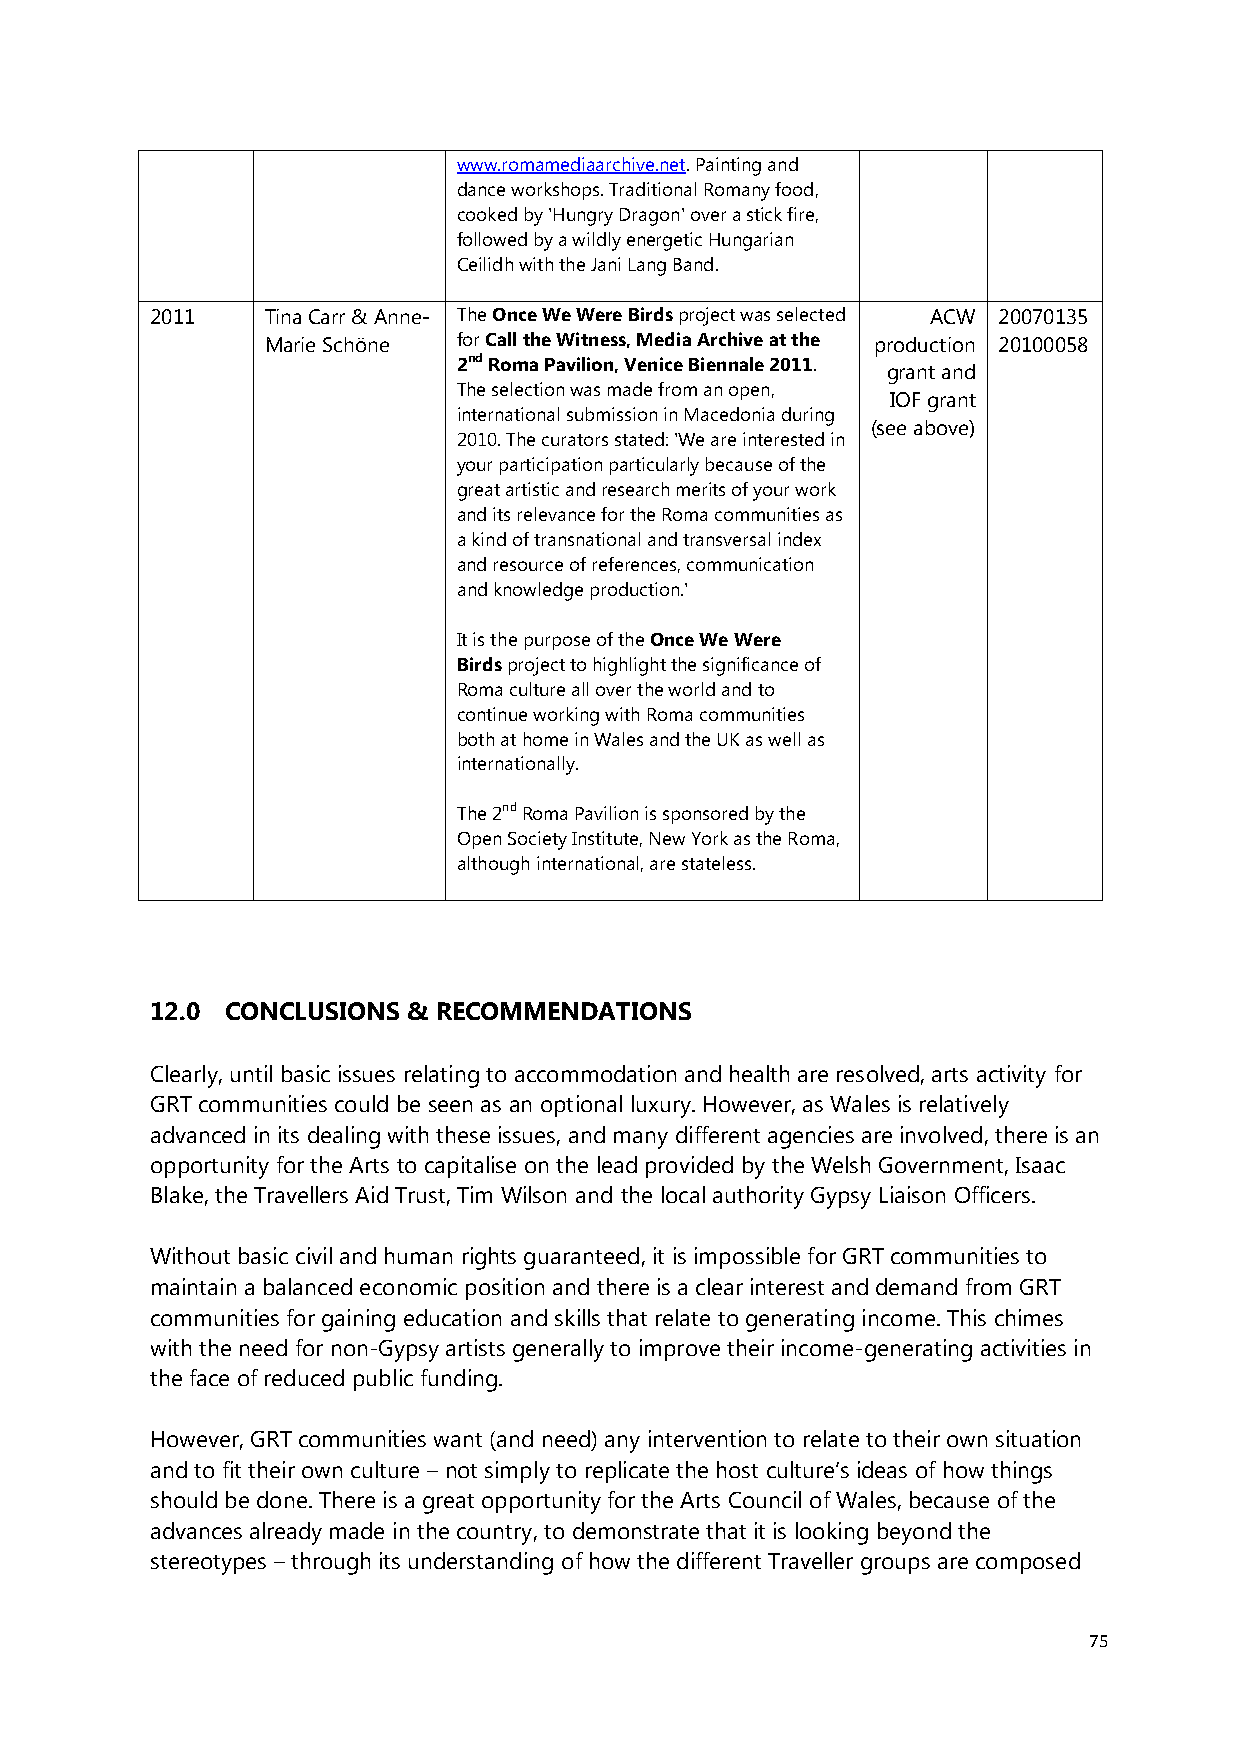
www.romamediaarchive.net. Painting and
 dance workshops. Traditional Romany food,
 cooked by 'Hungry Dragon' over a stick fire,
 followed by a wildly energetic Hungarian
 Ceilidh with the Jani Lang Band.
 2011    Tina Carr & Anne- The Once We Were Birds project was selected ACW 20070135
 Marie Schöne for Call the Witness, Media Archive at the production 20100058
 2nd Roma Pavilion, Venice Biennale 2011.
 grant and
 The selection was made from an open,
 IOF grant
 international submission in Macedonia during
 (see above)
 2010. The curators stated: 'We are interested in
 your participation particularly because of the
 great artistic and research merits of your work
 and its relevance for the Roma communities as
 a kind of transnational and transversal index
 and resource of references, communication
 and knowledge production.'
 It is the purpose of the Once We Were
 Birds project to highlight the significance of
 Roma culture all over the world and to
 continue working with Roma communities
 both at home in Wales and the UK as well as
 internationally.
 The 2nd Roma Pavilion is sponsored by the
 Open Society Institute, New York as the Roma,
 although international, are stateless.
 12.0 CONCLUSIONS & RECOMMENDATIONS
 Clearly, until basic issues relating to accommodation and health are resolved, arts activity for
 GRT communities could be seen as an optional luxury. However, as Wales is relatively
 advanced in its dealing with these issues, and many different agencies are involved, there is an
 opportunity for the Arts to capitalise on the lead provided by the Welsh Government, Isaac
 Blake, the Travellers Aid Trust, Tim Wilson and the local authority Gypsy Liaison Officers.
 Without basic civil and human rights guaranteed, it is impossible for GRT communities to
 maintain a balanced economic position and there is a clear interest and demand from GRT
 communities for gaining education and skills that relate to generating income. This chimes
 with the need for non-Gypsy artists generally to improve their income-generating activities in
 the face of reduced public funding.
 However, GRT communities want (and need) any intervention to relate to their own situation
 and to fit their own culture – not simply to replicate the host culture’s ideas of how things
 should be done. There is a great opportunity for the Arts Council of Wales, because of the
 advances already made in the country, to demonstrate that it is looking beyond the
 stereotypes – through its understanding of how the different Traveller groups are composed
 75